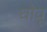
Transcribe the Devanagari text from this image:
घोवू